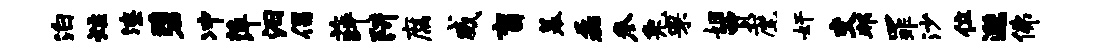
泊炷潦碧冲萍汨倡薛阱腐威盲幕磊参兔罘姻贾麾奸交邦罪沙位邈佛